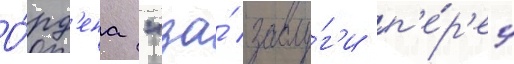
О́рд'ена "за́ заслу́г'и п'е́р'ед